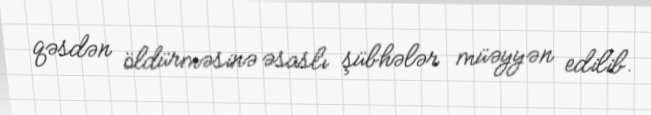
qəsdən öldürməsinə əsaslı şübhələr müəyyən edilib.